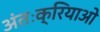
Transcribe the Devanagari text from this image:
अंतःक्रियाओ